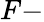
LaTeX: F-